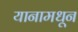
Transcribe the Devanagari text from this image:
यानामधून